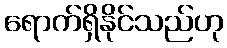
ရောက်ရှိနိုင်သည်ဟု